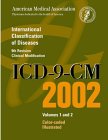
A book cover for ICD-9-CM 2002: International Classification of Diseases, 9th Revision, Volumes 1 & 2 (Color-Coded Illustrated Annotated); Medical Books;